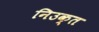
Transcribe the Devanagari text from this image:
निउक्त